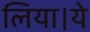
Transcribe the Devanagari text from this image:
लिया।ये